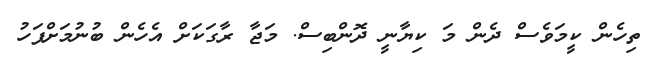
ތިހެން ކީމަވެސް ދެން މަ ކިޔާނީ ދޮންބިސް. މަޖާ ރާގަކަށް އެހެން ބުނުމަށްފަހު